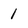
Character: 1